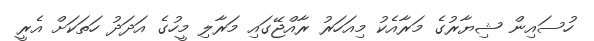
ހުސައިން ޝިޔާރުގެ މަރާއެކު މިއަހަރު ރާއްޖޭގައި މަރާލި މީހުގެ އަދަދު ހަތަކަށް އެރީ